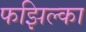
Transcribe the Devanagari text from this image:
फझिल्का